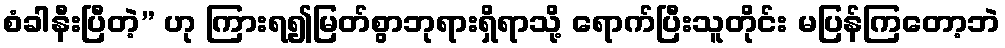
စံခါနီးပြီတဲ့” ဟု ကြားရ၍မြတ်စွာဘုရားရှိရာသို့ ရောက်ပြီးသူတိုင်း မပြန်ကြတော့ဘဲ